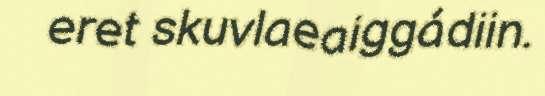
eret skuvlaeaiggádiin.